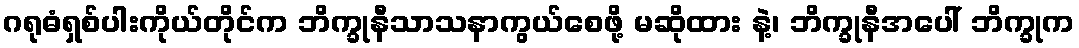
ဂရုဓံရှစ်ပါးကိုယ်တိုင်က ဘိက္ခုနီသာသနာကွယ်စေဖို့ မဆိုထား နဲ့၊ ဘိက္ခုနီအပေါ် ဘိက္ခုက